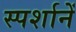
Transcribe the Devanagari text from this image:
स्पर्शानें